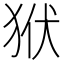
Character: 𤝯